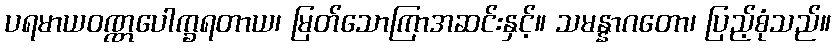
ပရမာယဝဏ္ဏပေါက္ခရတာယ၊ မြတ်သောကြာအဆင်းနှင့်။ သမန္နာဂတော၊ ပြည့်စုံသည်။